Tartu_linnavalitsus, lk 74
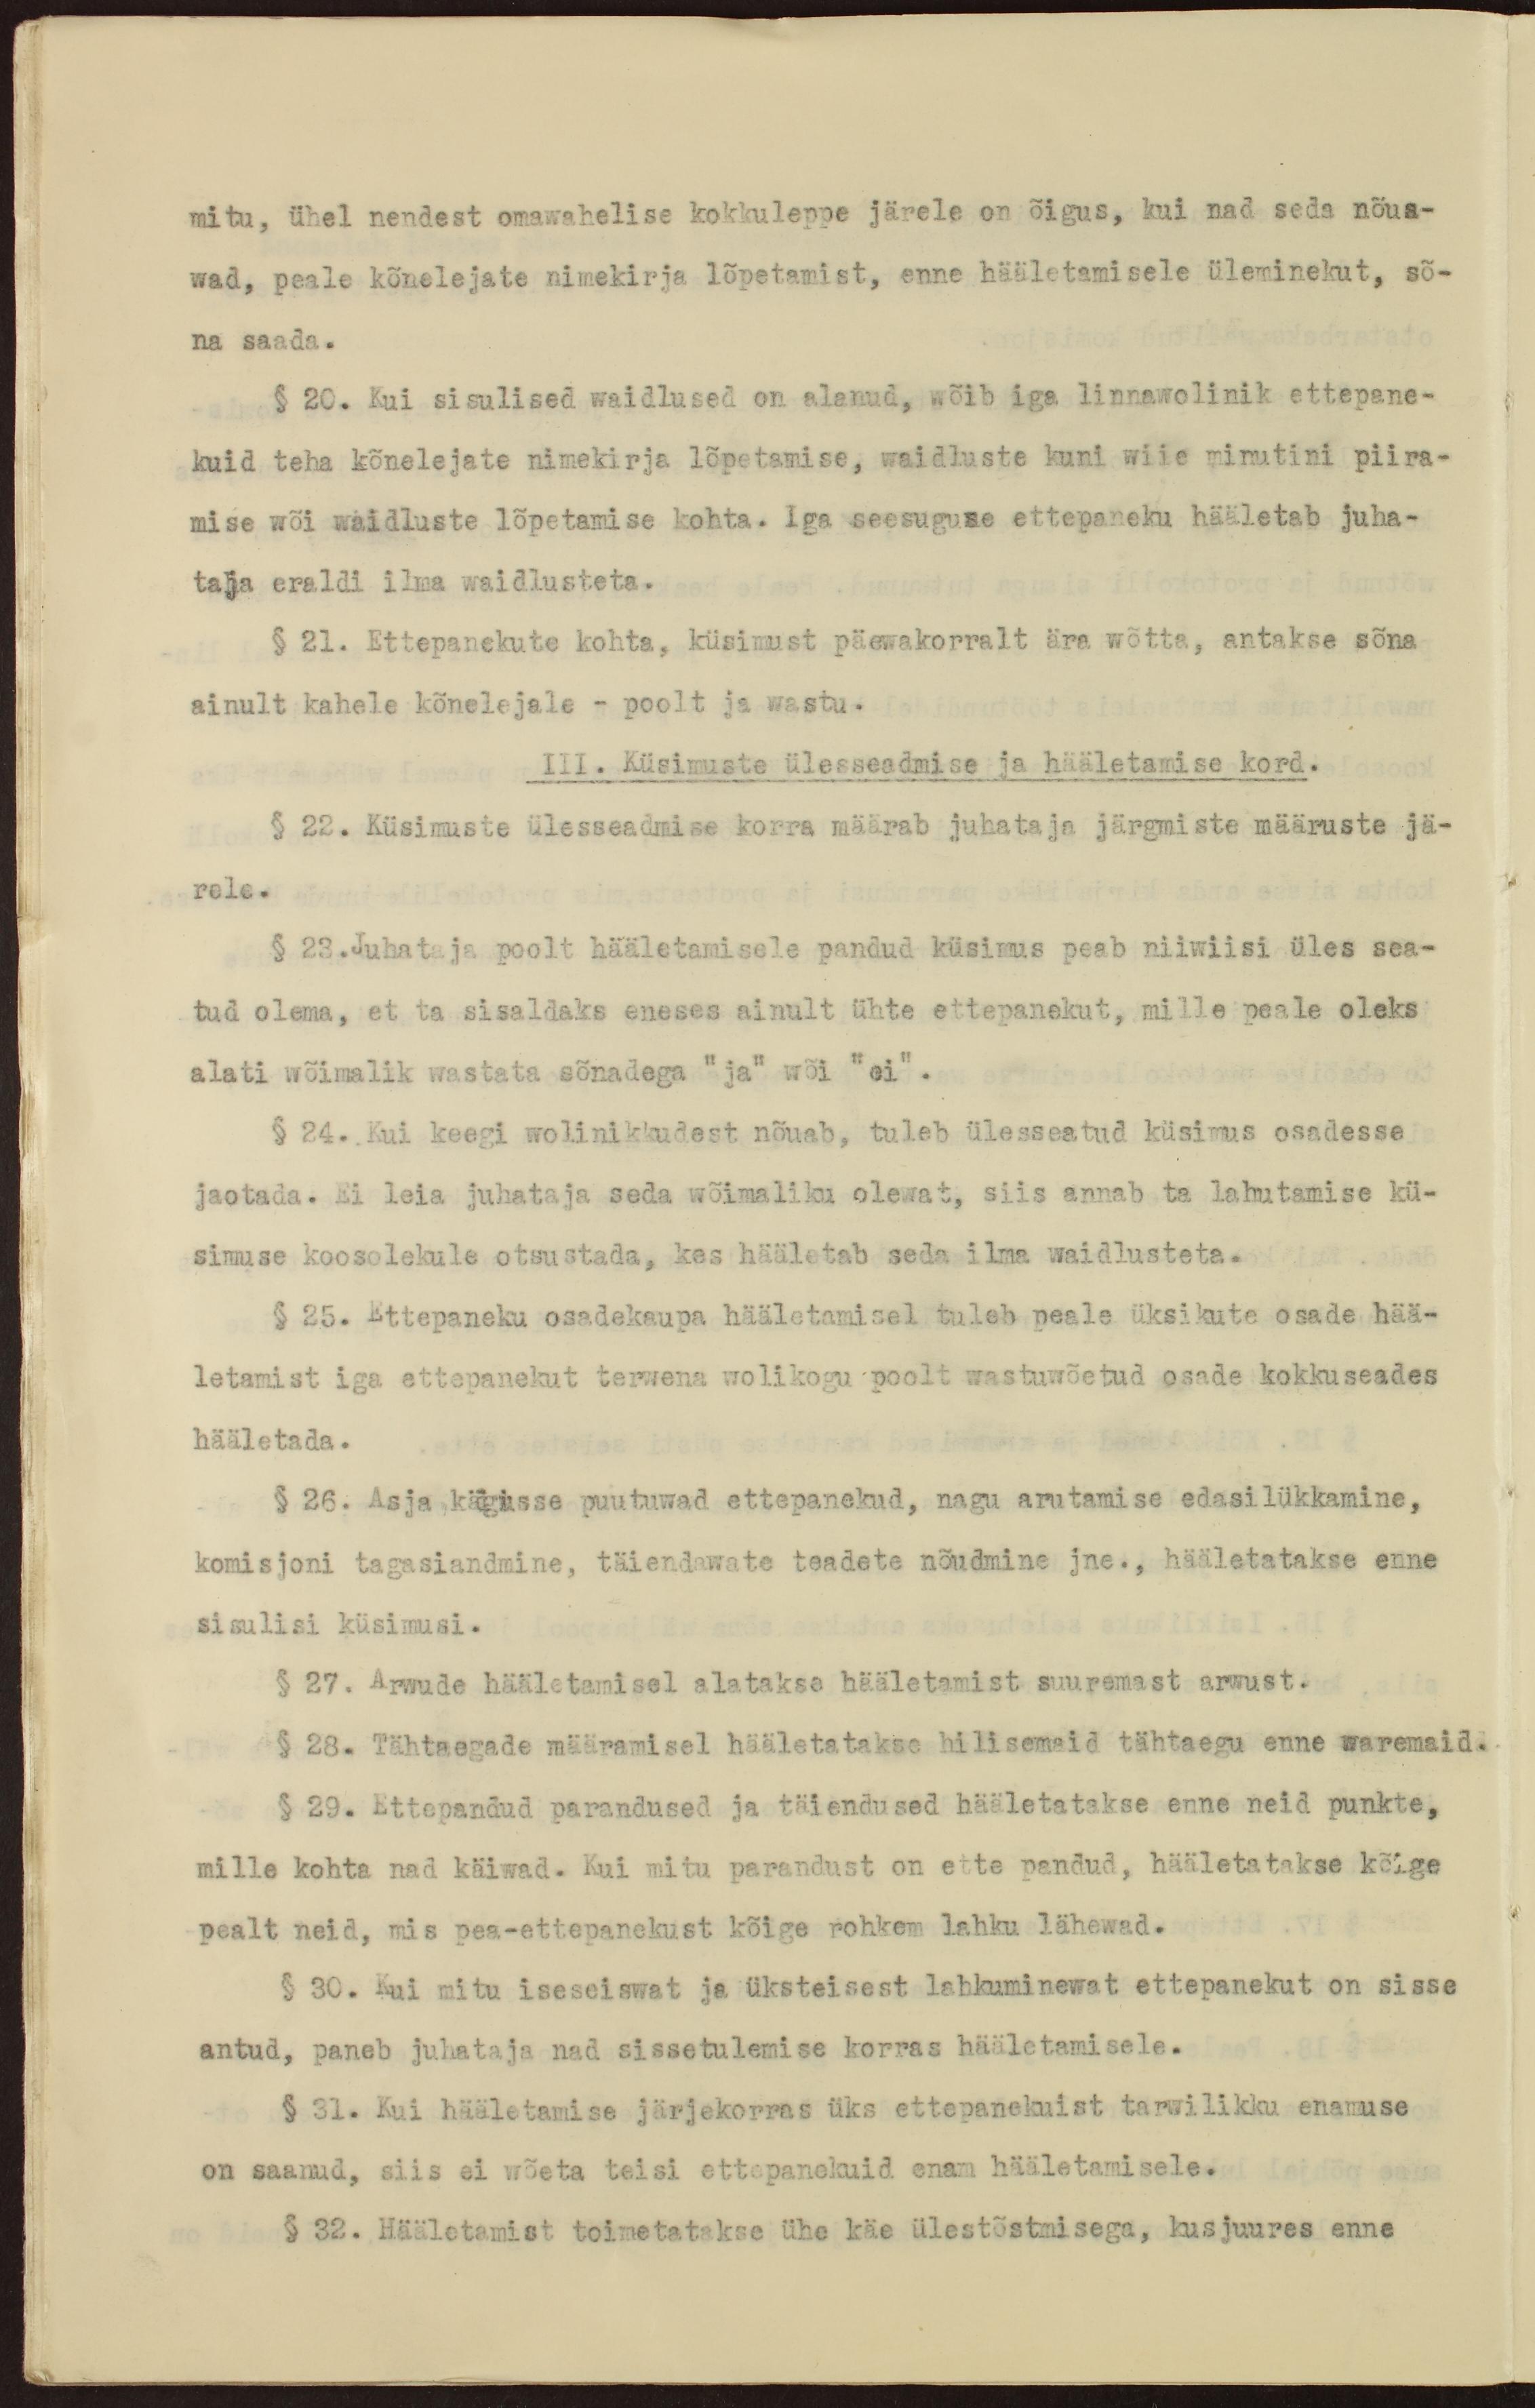
mitu, ühel nendest omawahelise kokkuleppe järele on õigus, kui nad seda nõua-
wad, peale kõnelejate nimekirja lõpetamist, enne hääletamisele üleminekut, sõ-
na saada.
§ 20. Kui sisulised waidlused on alanud, wõib iga linnawolinik ettepane-
kuid teha kõnelejate nimekirja lõpetamise, waidluste kuni wiie minutini piira-
mise wõi waidluste lõpetamise kohta. Iga seesuguse ettepaneku hääletab juha-
taja eraldi ilma waidlusteta.
§ 21. Ettepanekute kohta, küsimust päewakorralt ära wõtta, antakse sõna
ainult kahele kõnelejale - poolt ja wastu-
III. Küsimuste ülesseadmise ja hääletamise kord.
§ 22. Küsimuste ülesseadmise korra määrab juhataja järgmiste määruste jä-
rele.
§ 23.Juhataja poolt hääletamisele pandud küsimus peab niiwiisi üles sea-
tud olema, et ta sisaldaks eneses ainult ühte ettepanekut, mille peale oleks
alati wõimalik wastata sõnadega "ja" wõi "ei".
§ 24. Kui keegi wolinikkudest nõuab, tuleb ülesseatud küsimus osadesse
jaotada. Ei leia juhataja seda wõimaliku olewat, siis annab ta lahutamise kü-
simuse koosolekule otsustada, kes hääletab seda ilma waidlusteta.
§ 25. Ettepaneku osadekaupa hääletamisel tuleb peale üksikute osade hää-
letamist iga ettepanekut terwena wolikogu poolt wastuwõetud osade kokkuseades
hääletada.
§ 26. Asja käigusse puutuwad ettepanekud, nagu arutamise edasilükkamine,
komisjoni tagasiandmine, täiendawate teadete nõudmine jne., hääletatakse enne
sisulisi küsimusi.
§ 27. Arwude hääletamisel alatakse hääletamist suuremast arwust.
§ 28. Tähtaegade määramisel hääletatakse hilisemaid tähtaegu enne waremaid.
§ 29. Ettepandud parandused ja täiendused hääletatakse enne neid punkte,
mille kohta nad käiwad. Kui mitu parandust on ette pandud, hääletatakse kõige
pealt neid, mis pea-ettepanekust kõige rohkem lahku lähewad.
§ 30. Kui mitu iseseiswat ja üksteisest lahkuminewat ettepanekut on sisse
antud, paneb juhataja nad sissetulemise korras hääletamisele.
§ 31. Kui hääletamise järjekorras üks ettepanekuist tarwilikku enamuse
on saanud, siis ei wõeta teisi ettepanekuid enam hääletamisele.
§ 32. Hääletamist toimetatakse ühe käe ülestõstmisega, kusjuures enne